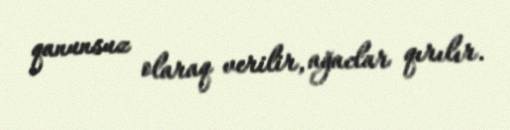
qanunsuz olaraq verilir, ağaclar qırılır.